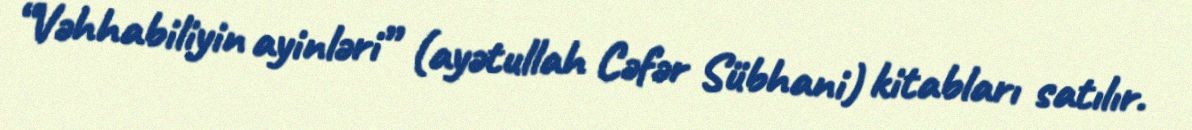
“Vəhhabiliyin ayinləri” (ayətullah Cəfər Sübhani) kitabları satılır.